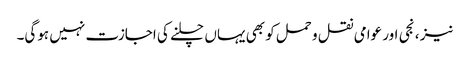
نیز ، نجی اور عوامی نقل و حمل کو بھی یہاں چلنے کی اجازت نہیں ہوگی۔